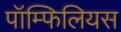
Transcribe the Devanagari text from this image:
पॉम्फिलियस